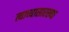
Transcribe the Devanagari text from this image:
त्याच्यासारख्या